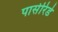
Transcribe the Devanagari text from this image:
पासेरिडे